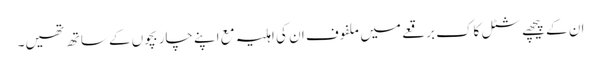
ان کے پیچھے شٹل کاک برقعے میں ملفوف ان کی اہلیہ مع اپنے چار بچوں کے ساتھ تھیں۔